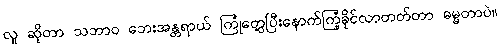
လူ ဆိုတာ သဘာဝ ဘေးအန္တရာယ် ကြုံတွေ့ပြီးနောက်ကြံ့ခိုင်လာတတ်တာ ဓမ္မတာပဲ။